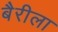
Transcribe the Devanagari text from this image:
बैरीला